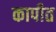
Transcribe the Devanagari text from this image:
कापीत